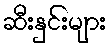
ဆီးနှင်းများ